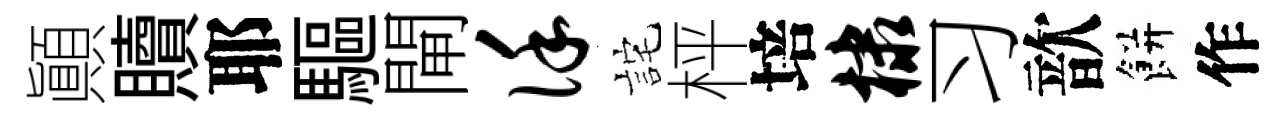
顚贖耶驅閘谨詫枰培棣习歆餅作